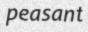
peasant